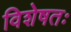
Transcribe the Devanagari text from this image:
विशेषतः